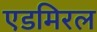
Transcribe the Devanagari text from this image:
एडमिरल